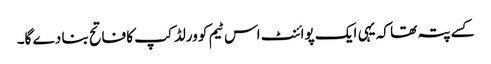
کسے پتہ تھا کہ یہی ایک پوائنٹ اس ٹیم کو ورلڈ کپ کا فاتح بنا دے گا۔